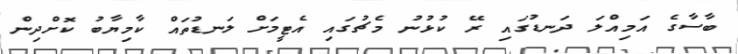
ބާސާގެ އަމިއްލަ ދަނޑުގައި ރޭ ކުޅުނު މެޗުގައި އެޓީމަށް ލަނޑުތައް ކާމިޔާބު ކޮށްދިން